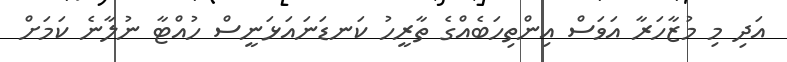
އަދި މި މުޒާހަރާ އަވަސް އިންތިހަބެއްގެ ތާރީހު ކަނޑަނައަޅަނީސް ހުއްޓާ ނުލާނެ ކަމަށް